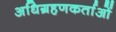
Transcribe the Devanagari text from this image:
अधिग्रहणकर्ताओं